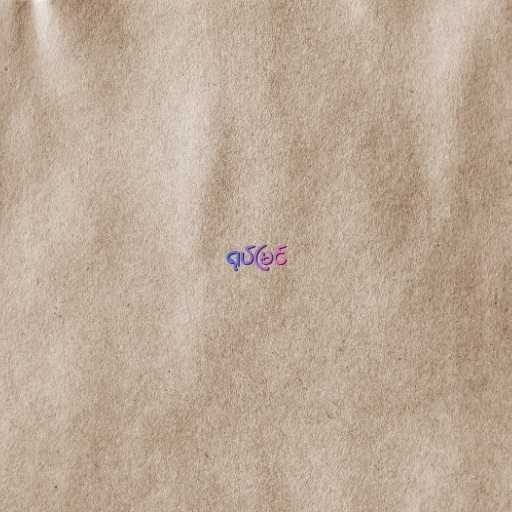
ရုပ်မြင်